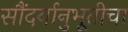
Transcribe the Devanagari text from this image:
सौंदर्यानुभूतीचा